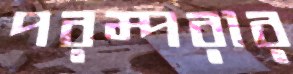
পরম্পরার